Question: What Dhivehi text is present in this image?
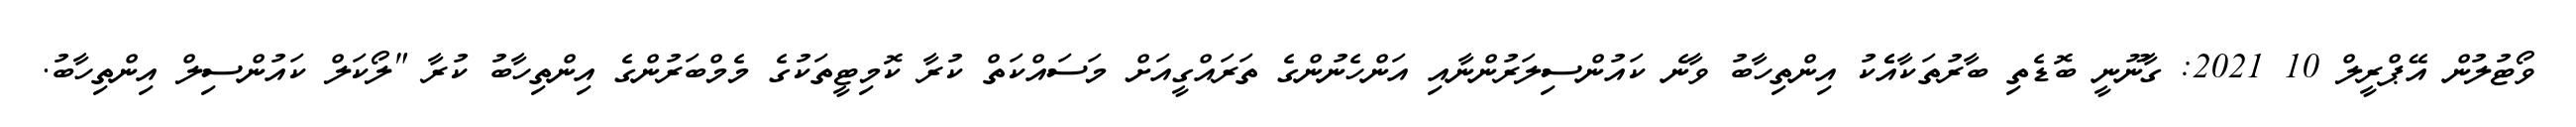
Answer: ވޯޓުލުން އޭޕްރީލް 10 2021: ގާނޫނީ ބޮޑެތި ބާރުތަކާއެެކު އިންތިހާބު ވާނެ ކައުންސިލަރުންނާއި އަންހެނުންގެ ތަރައްގީއަށް މަސައްކަތް ކުރާ ކޮމިޓީތަކުގެ މެމްބަރުންގެ އިންތިހާބު ކުރާ "ލޯކަލް ކައުންސިލް އިންތިހާބު.